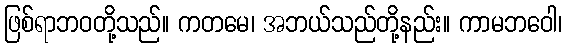
ဖြစ်ရာဘဝတို့သည်။ ကတမေ၊ အဘယ်သည်တို့နည်း။ ကာမဘဝေါ၊